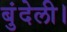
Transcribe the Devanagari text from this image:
बुंदेली।